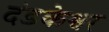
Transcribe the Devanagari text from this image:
दंडकेश्वर